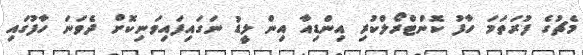
މެޗުގެ ފުރަތަމަ ހާފު ކޮންޓްރޯލްކުރި އިންޑިއާ އިން ލީޑު ނަގައިފައިވަނިކޮށް ދެވަނަ ހާފުގައި